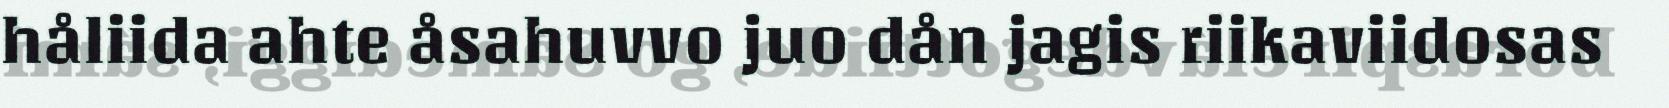
håliida ahte åsahuvvo juo dån jagis riikaviidosas